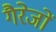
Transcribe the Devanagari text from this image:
गैरेजों